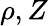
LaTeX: \rho,Z